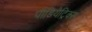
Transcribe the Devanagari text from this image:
पीडियेट्रिक्स